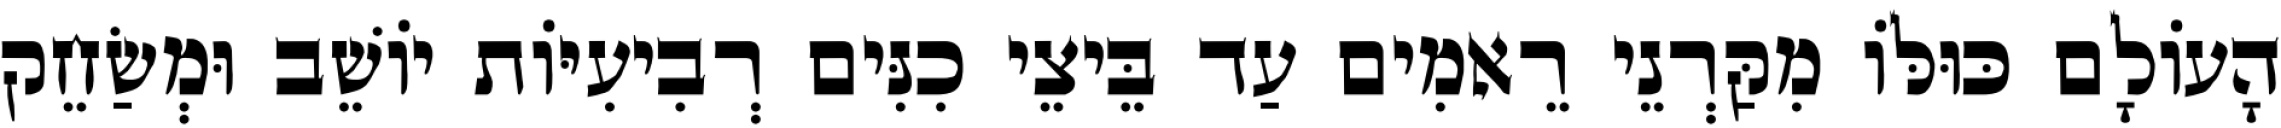
הָעוֹלָם כּוּלּוֹ מִקַּרְנֵי רֵאמִים עַד בֵּיצֵי כִנִּים רְבִיעִיּוֹת יוֹשֵׁב וּמְשַׂחֵק